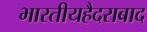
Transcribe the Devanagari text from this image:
भारतीयहैदराबाद